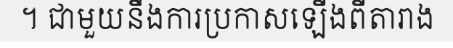
។ ជាមួយនឹងការប្រកាសឡើងពីតារាង